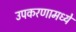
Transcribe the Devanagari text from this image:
उपकरणामध्ये